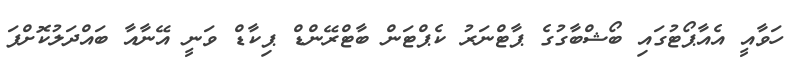
ހަވާއީ އެއާޕޯޓުގައި ބޯޝްބާގުގެ ޕާޓްނަރު ކެޕްޓަން ބާޓްރޭންޑް ޕިކާޑް ވަނީ އޭނާއާ ބައްދަލުކޮށްފަ